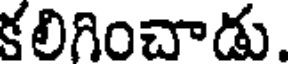
కలిగించాడు.